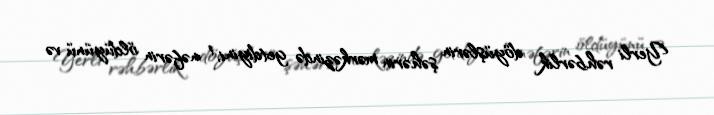
Yerli rəhbərlik döyüşlərin şəhərin mərkəzində getdiyini, 1 nəfərin öldüyünü və